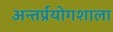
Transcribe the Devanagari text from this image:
अन्तर्प्रयोगशाला